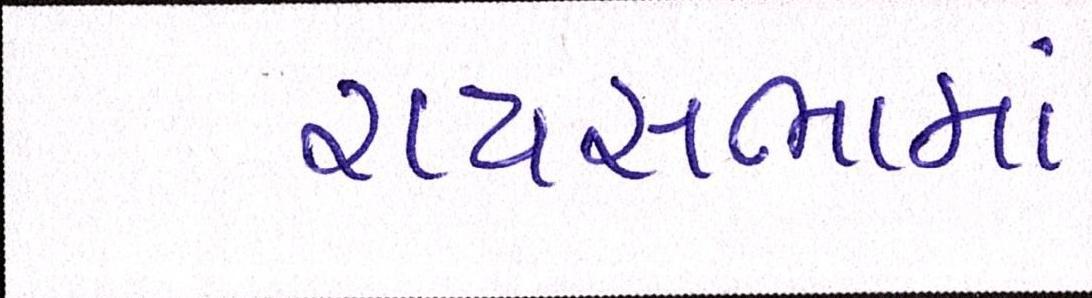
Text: રાયસભામાં